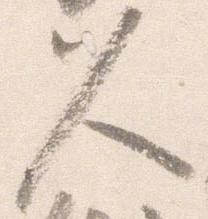
久